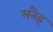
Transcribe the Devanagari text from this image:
सनैइ